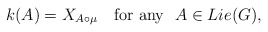
\begin{align*}k(A) = X_{A \circ \mu} \quad \mbox{for any~~} A \in Lie(G),\end{align*}